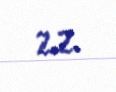
2.2.